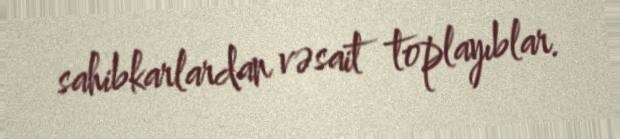
sahibkarlardan vəsait toplayıblar.